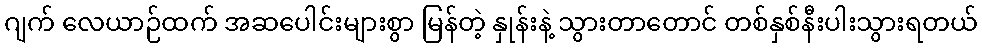
ဂျက် လေယာဉ်ထက် အဆပေါင်းများစွာ မြန်တဲ့ နှုန်းနဲ့ သွားတာတောင် တစ်နှစ်နီးပါးသွားရတယ်